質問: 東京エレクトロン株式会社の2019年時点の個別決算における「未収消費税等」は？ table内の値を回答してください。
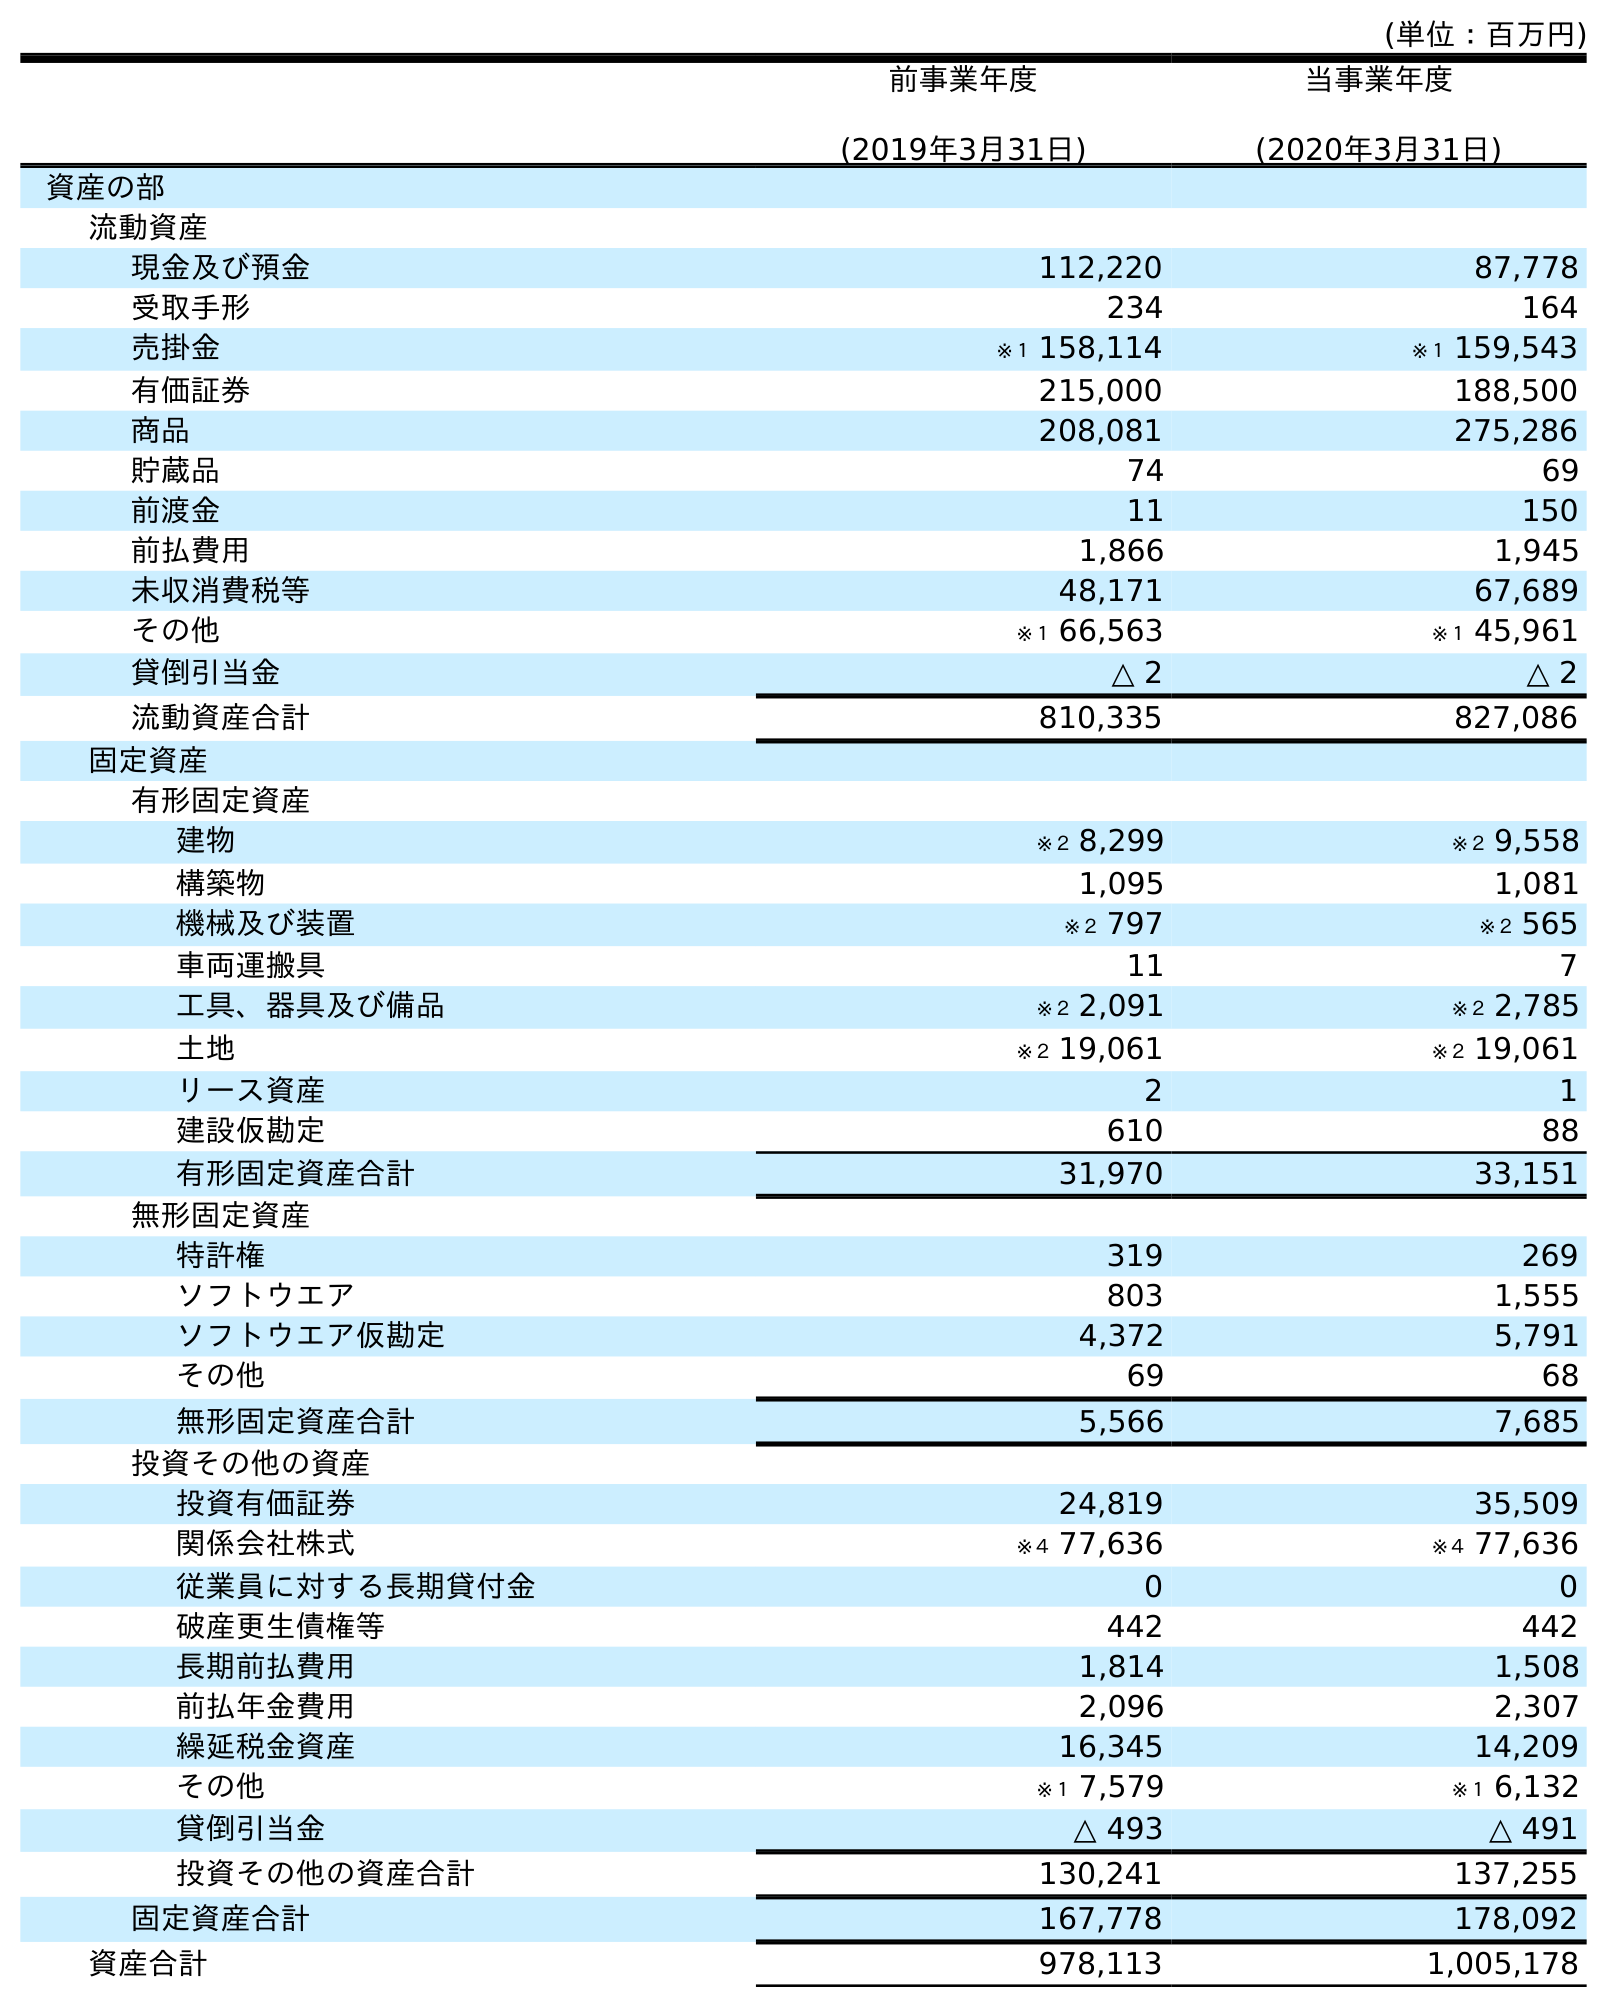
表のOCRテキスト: (単位：百万円) 前事業年度 (2019年3月31日) 当事業年度 (2020年3月31日) 資産の部 流動資産 現金及び預金 112,220 87,778 受取手形 234 164 売掛金 ※１ 158,114 ※１ 159,543 有価証券 215,000 188,500 商品 208,081 275,286 貯蔵品 74 69 前渡金 11 150 前払費用 1,866 1,945 未収消費税等 48,171 67,689 その他 ※１ 66,563 ※１ 45,961 貸倒引当金 △ 2 △ 2 流動資産合計 810,335 827,086 固定資産 有形固定資産 建物 ※２ 8,299 ※２ 9,558 構築物 1,095 1,081 機械及び装置 ※２ 797 ※２ 565 車両運搬具 11 7 工具、器具及び備品 ※２ 2,091 ※２ 2,785 土地 ※２ 19,061 ※２ 19,061 リース資産 2 1 建設仮勘定 610 88 有形固定資産合計 31,970 33,151 無形固定資産 特許権 319 269 ソフトウエア 803 1,555 ソフトウエア仮勘定 4,372 5,791 その他 69 68 無形固定資産合計 5,566 7,685 投資その他の資産 投資有価証券 24,819 35,509 関係会社株式 ※４ 77,636 ※４ 77,636 従業員に対する長期貸付金 0 0 破産更生債権等 442 442 長期前払費用 1,814 1,508 前払年金費用 2,096 2,307 繰延税金資産 16,345 14,209 その他 ※１ 7,579 ※１ 6,132 貸倒引当金 △ 493 △ 491 投資その他の資産合計 130,241 137,255 固定資産合計 167,778 178,092 資産合計 978,113 1,005,178
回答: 48,171